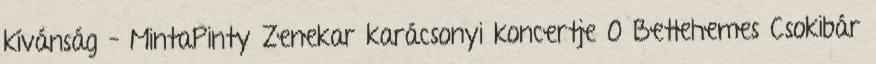
kívánság – MintaPinty Zenekar karácsonyi koncertje 0 Betlehemes Csokibár